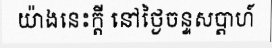
យ៉ាងនេះក្តី នៅថ្ងៃចន្ទសប្តាហ៍